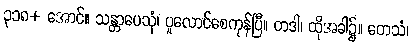
၃၁၈+ အောင်။ သန္တာပေသုံ၊ ပူလောင်စေကုန်ပြီ။ တဒါ၊ ထိုအခါ၌။ တေသံ၊